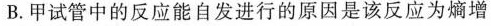
B.甲试管中的反应能自发进行的原因是该反应为熵增